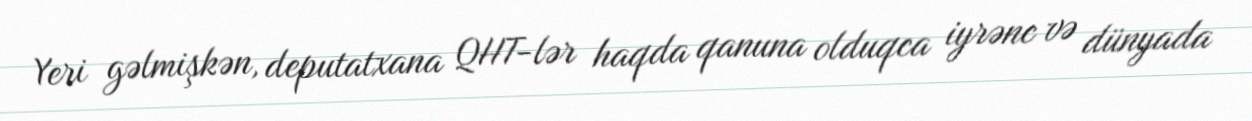
Yeri gəlmişkən, deputatxana QHT-lər haqda qanuna olduqca iyrənc və dünyada